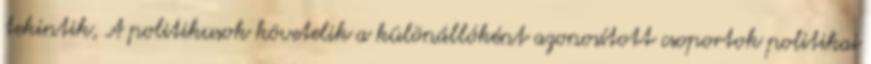
tekintik, A politikusok követelik a különállóként azonosított csoportok politikai